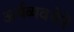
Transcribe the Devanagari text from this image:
अर्थव्यवथेने